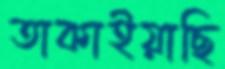
তাকাইয়াছি